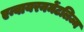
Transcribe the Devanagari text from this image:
एन्वायरनमेंटलिज्म